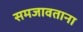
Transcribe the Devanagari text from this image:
समजावताना